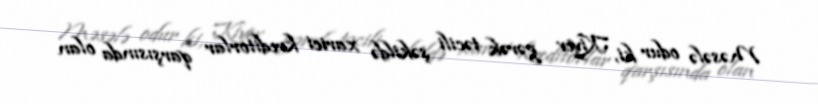
Məsələ odur ki, Kiyev gərək təcili şəkildə xarici kreditorlar qarşısında olan